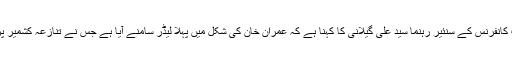
اس پر آل پارٹیز حریت کانفرنس کے سنئیر رہنما سید علی گیلانی کا کہنا ہے کہ عمران خان کی شکل میں پہلا لیڈر سامنے آیا ہے جس نے تنازعہ کشمیر پر کھل کر بات کی ہے۔